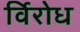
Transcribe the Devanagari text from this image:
र्विरोध